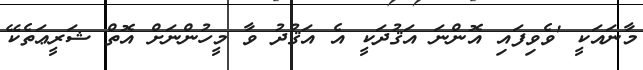
މާނައަކީ 'ވެވިފައި އޮންނަ އަޤުދަކީ އެ އަޤުދު ވާ މީހުންނަށް އޮތް ޝަރީޢަތެކޭ